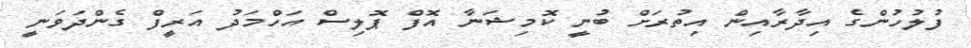
ފުލުހުންގެ އިދާރާއިން އިތުރަށް ބުނީ ކޮމިޝަނާ އޮފް ޕޮލިސް އަހްމަދު އަރީފް ގެންދަވަނީ